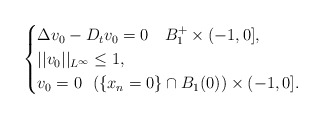
\begin{align*}\begin{cases}\Delta v_0 - D_t v_0 = 0\ \ \ B_{1}^{+} \times (-1, 0],\\||v_0||_{L^{\infty}} \leq 1,\\v_0 = 0 \ \ (\{x_n=0\} \cap B_{1}(0)) \times (-1,0].\end{cases}\end{align*}